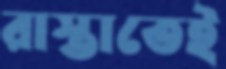
রাস্তাতেই